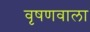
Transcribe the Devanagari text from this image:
वृषणवाला